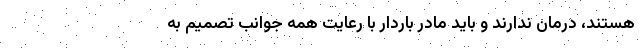
هستند، درمان ندارند و باید مادر باردار با رعایت همه جوانب تصمیم به